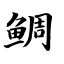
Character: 鲷